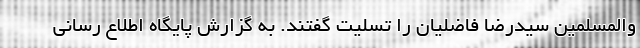
والمسلمین سیدرضا فاضلیان را تسلیت گفتند. به گزارش پایگاه اطلاع رسانی